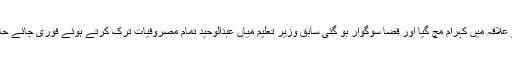
حادثہ کی وجہ سے علاقہ میں کہرام مچ گیا اور فضا سوگوار ہو گئی سابق وزیر تعلیم میاں عبدالوحید تمام مصروفیات ترک کرتے ہوئے فوری جائے حادثہ پر پہنچے ہیں ۔